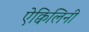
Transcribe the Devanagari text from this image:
ऐक्विलिनी